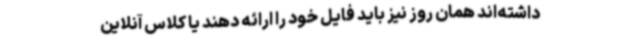
داشته‌اند همان روز نیز باید فایل خود را ارائه دهند یا کلاس آنلاین